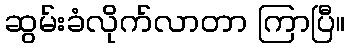
ဆွမ်းခံလိုက်လာတာ ကြာပြီ။